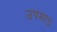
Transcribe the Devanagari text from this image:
उपमाऽ